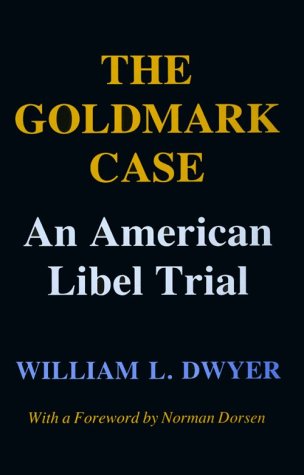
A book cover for The Goldmark Case: An American Libel Trial; William Dwyer; Law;